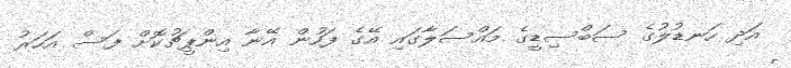
އަދި ހަނޑުލުގެ ސަބްސިޑީގެ މައްސަލާގައި އޭގެ ފަހުން އޭނާ އިންޕީޗުކޮށް ފަސް އަހަރު